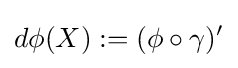
d\phi (X):=(\phi \circ \gamma )'